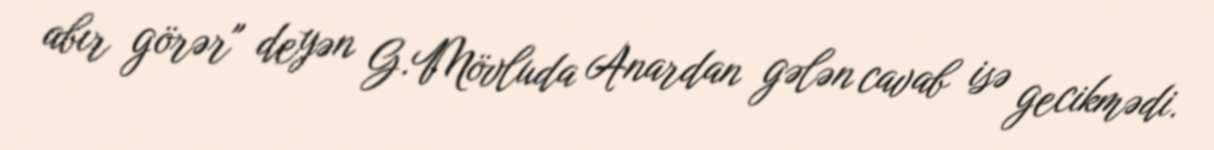
abır görər" deyən G.Mövluda Anardan gələn cavab isə gecikmədi.